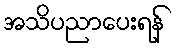
အသိပညာပေးရန်